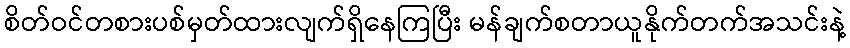
စိတ်ဝင်တစားပစ်မှတ်ထားလျက်ရှိနေကြပြီး မန်ချက်စတာယူနိုက်တက်အသင်းနဲ့